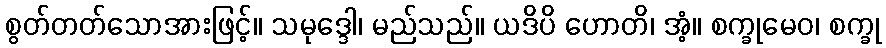
စွတ်တတ်သောအားဖြင့်။ သမုဒ္ဒေါ၊ မည်သည်။ ယဒိပိ ဟောတိ၊ အံ့။ စက္ခုမေဝ၊ စက္ခု